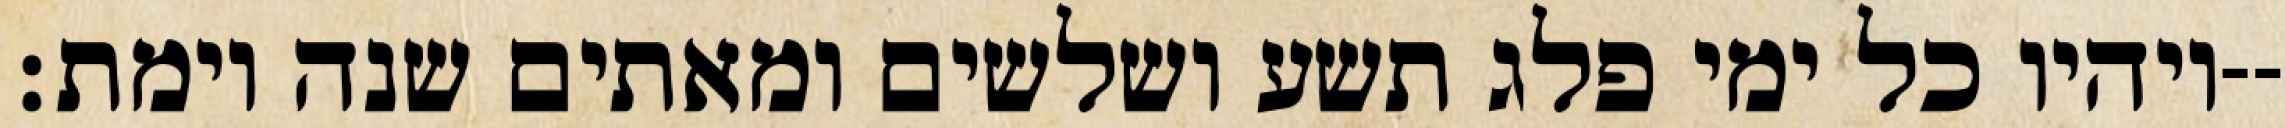
ויהיו כל ימי פלג תשע ושלשים ומאתים שנה וימת׃--